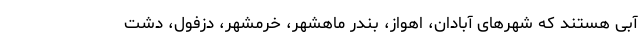
آبی هستند که شهرهای آبادان، اهواز، بندر ماهشهر، خرمشهر، دزفول، دشت